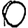
Digit: 0